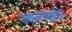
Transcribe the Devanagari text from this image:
उचाल्लासुधील